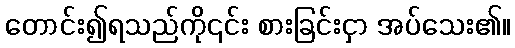
တောင်း၍ရသည်ကို၎င်း စားခြင်းငှာ အပ်သေး၏။